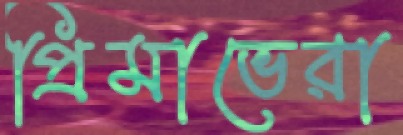
প্রিমাভেরা